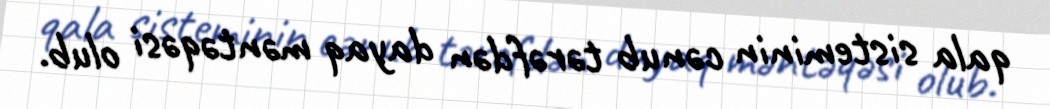
qala sisteminin cənub tərəfdən dayaq məntəqəsi olub.